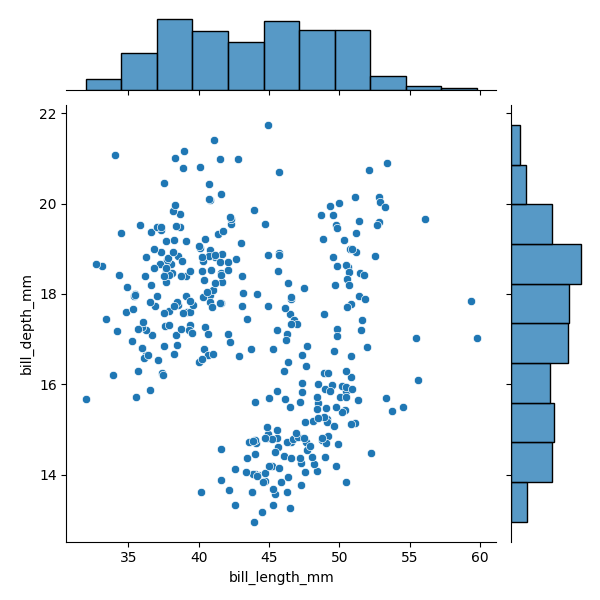
python, seaborn, JointGrid, scatterplot, histplot